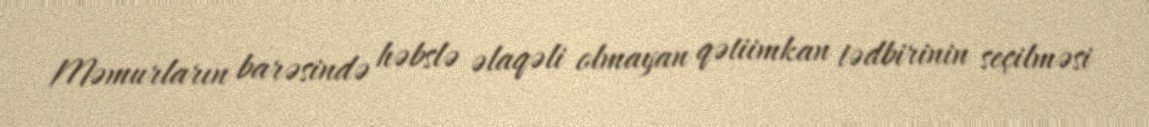
Məmurların barəsində həbslə əlaqəli olmayan qətiimkan tədbirinin seçilməsi